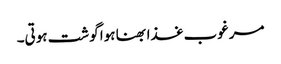
مرغوب غذا بھنا ہوا گوشت ہوتی۔